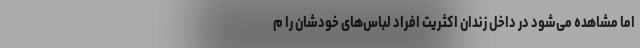
اما مشاهده می‌شود در داخل زندان اکثریت افراد لباس‌های خودشان را م